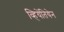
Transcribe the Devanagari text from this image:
व्हियेंतियेन